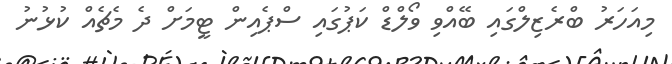
މިއަހަރު ބްރެޒިލްގައި ބޭއްވި ވޯލްޑް ކަޕުގައި ސްޕެއިން ޓީމަށް ދެ މެޗެއް ކުޅުނު